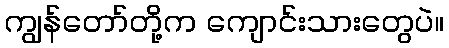
ကျွန်တော်တို့က ကျောင်းသားတွေပဲ။